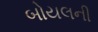
બોયલની